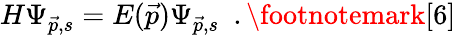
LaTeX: H\Psi_{\vec{p},s}=E(\vec{p})\Psi_{\vec{p},s}~~.\footnotemark[6]